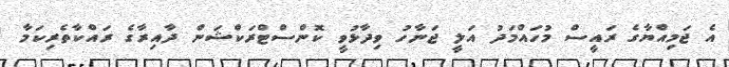
އެ ޖަމިއްޔާގެ ރައީސް މުހައްމަދު އަލީ ޖަނާހު ވިދާޅުވީ ކޮންސްޓްރަކްޝަން ދާއިރާގެ ރައްކާތެރިކަމާ